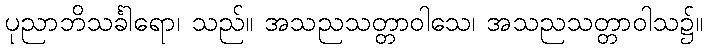
ပုညာဘိသင်္ခါရော၊ သည်။ အသညသတ္တာဝါသေ၊ အသညသတ္တာဝါသ၌။